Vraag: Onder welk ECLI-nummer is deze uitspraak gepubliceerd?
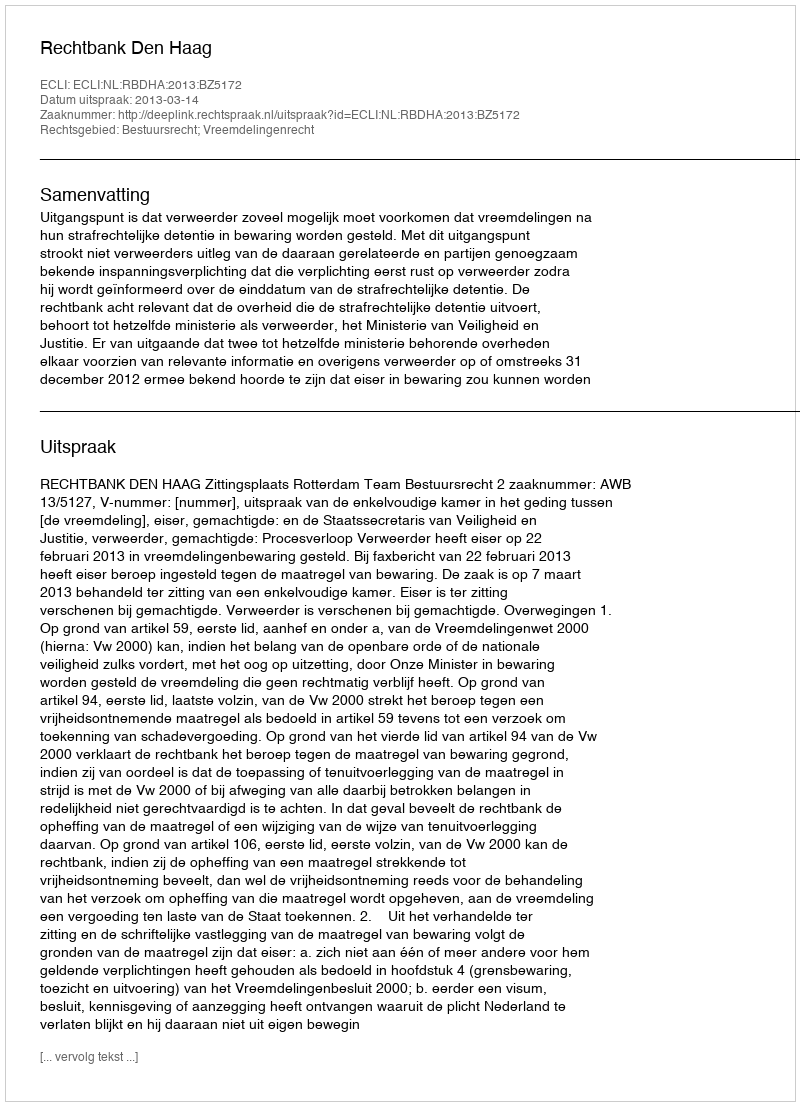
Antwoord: ECLI:NL:RBDHA:2013:BZ5172